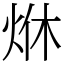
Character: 烌